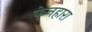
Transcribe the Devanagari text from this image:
फेनहारा